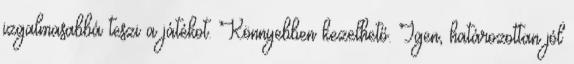
izgalmasabbá teszi a játékot. Könnyebben kezelhető. Igen, határozottan jól